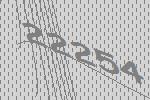
22254